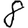
Digit: 8